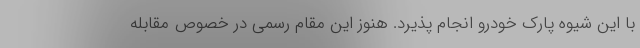
با این شیوه پارک خودرو انجام پذیرد. هنوز این مقام رسمی در خصوص مقابله